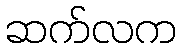
ဆက်လက